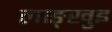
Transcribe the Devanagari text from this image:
लाङ्खुइ